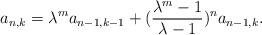
LaTeX: \begin{align*}a_{n,k}=\lambda^m a_{n-1,k-1}+(\frac{\lambda^m-1}{\lambda-1})^na_{n-1,k}.\end{align*}